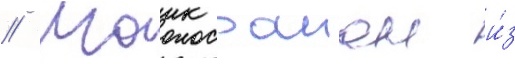
// Маик раиан и́з